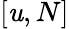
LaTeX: [\mathit{u},N]